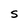
Character: S